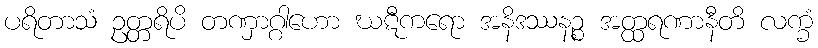
ပရိတာသံ ဥတ္တရိပိ တဏှာဂ္ဂါဟော ဃဋီကရော အနိဒဿနဉ္စ အတ္ထရဏာနီတိ လက္ခံ